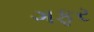
ગફૂર